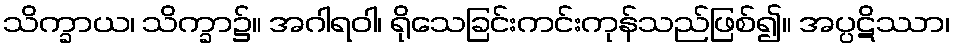
သိက္ခာယ၊ သိက္ခာ၌။ အဂါရဝါ၊ ရိုသေခြင်းကင်းကုန်သည်ဖြစ်၍။ အပ္ပဋိဿာ၊